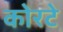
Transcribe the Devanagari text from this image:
कोरटे